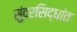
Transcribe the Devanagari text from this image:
सुंदरसिद्धांत